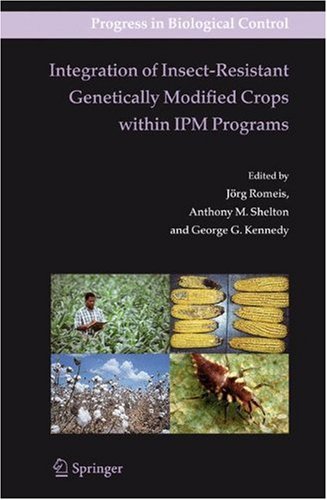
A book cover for Integration of Insect-Resistant Genetically Modified Crops within IPM Programs (Progress in Biological Control); Engineering & Transportation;